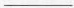
___